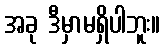
အခု ဒီမှာမရှိပါဘူး။